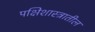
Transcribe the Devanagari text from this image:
पक्षिशास्त्रातील